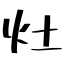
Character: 灶